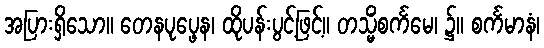
အပြားရှိသော။ တေနပုပ္ဖေန၊ ထိုပန်းပွင့်ဖြင့်။ တသ္မိံစင်္ကမေ၊ ၌။ စင်္ကမာနံ၊